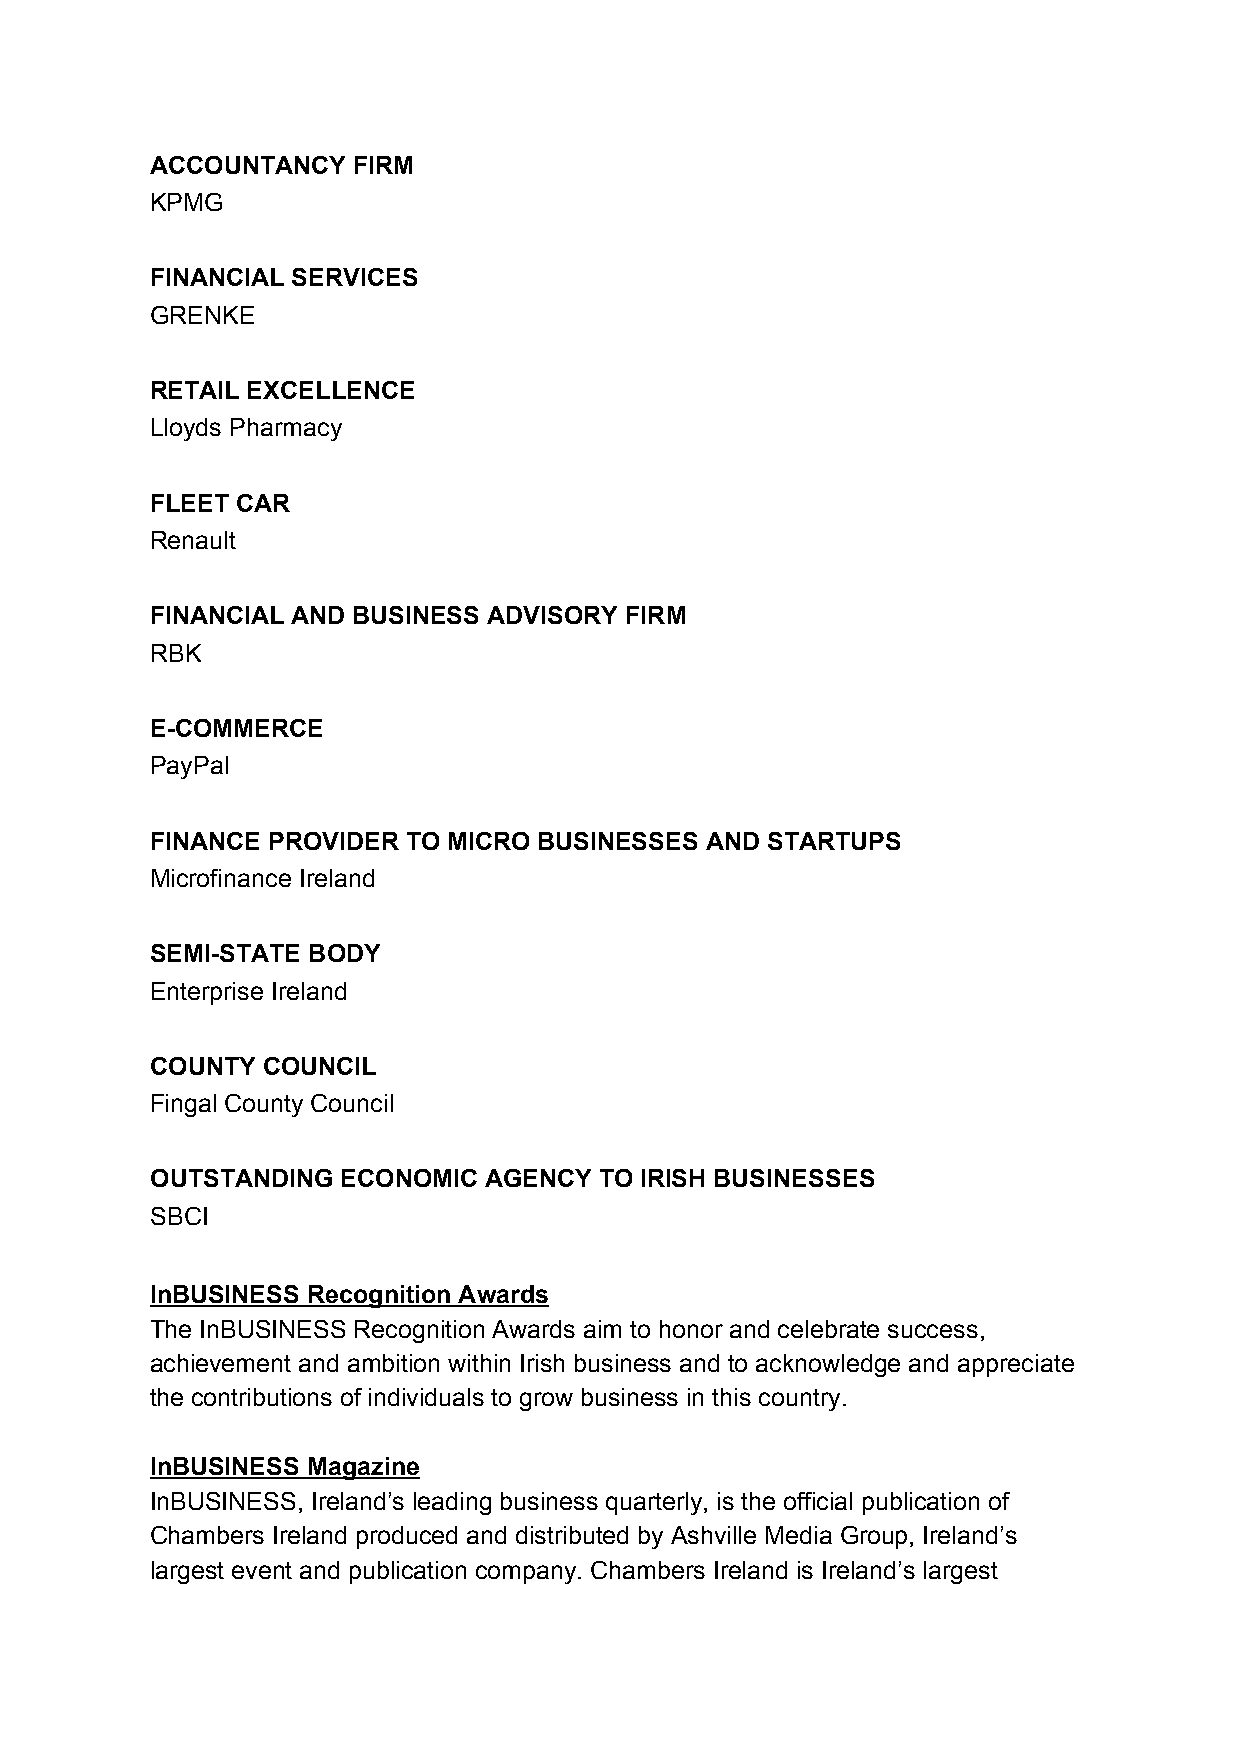
ACCOUNTANCY  FIRM
 KPMG
 FINANCIAL SERVICES
 GRENKE
 RETAIL EXCELLENCE
 Lloyds Pharmacy
 FLEET CAR
 Renault
 FINANCIAL AND BUSINESS ADVISORY FIRM
 RBK
 E-COMMERCE
 PayPal
 FINANCE PROVIDER TO MICRO BUSINESSES AND STARTUPS
 Microfinance Ireland
 SEMI-STATE BODY
 Enterprise Ireland
 COUNTY COUNCIL
 Fingal County Council
 OUTSTANDING  ECONOMIC AGENCY  TO IRISH BUSINESSES
 SBCI
 InBUSINESS Recognition Awards
 The InBUSINESS Recognition Awards aim to honor and celebrate success,
 achievement and ambition within Irish business and to acknowledge and appreciate
 the contributions of individuals to grow business in this country.
 InBUSINESS Magazine
 InBUSINESS, Ireland’s leading business quarterly, is the official publication of
 Chambers Ireland produced and distributed by Ashville Media Group, Ireland’s
 largest event and publication company. Chambers Ireland is Ireland’s largest